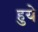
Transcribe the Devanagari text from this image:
हुयेे